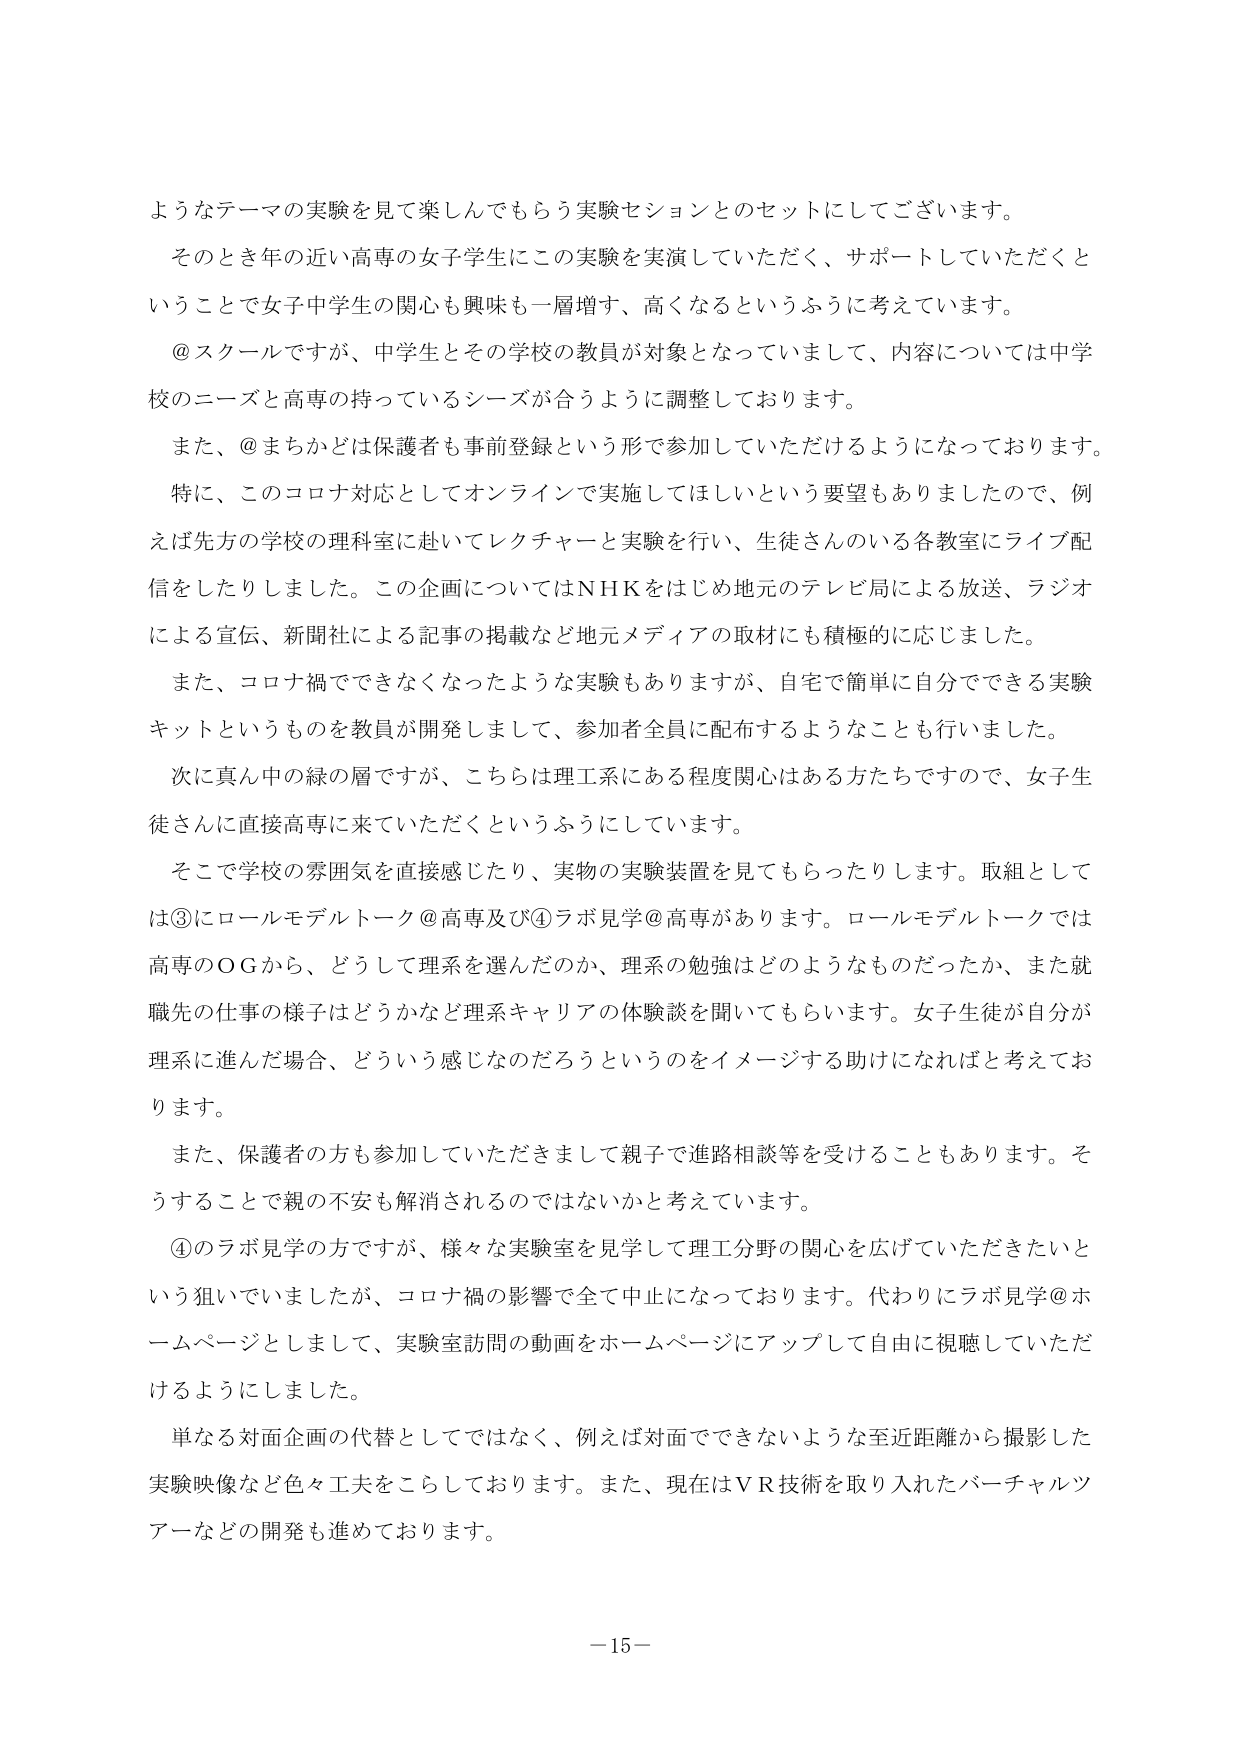
ようなテーマの実験を見て楽しんでもらう実験セッションとのセットにしてございます。

そのとき年の近い高専の女子学生にこの実験を実演していただく、サポートしていただくということで女子中学生の関心も興味も一層増す、高くなるというふうに考えています。

@スクールですが、中学生とその学校の教員が対象となっていまして、内容については中学校のニーズと高専の持っているシーズが合うように調整しております。

また、@まちかどは保護者も事前登録という形で参加していただけるようになっております。

特に、このコロナ対応としてオンラインで実施してほしいという要望もありましたので、例えば先方の学校の理科室に赴いてレクチャーと実験を行い、生徒さんのいる各教室にライブ配信をしたりしました。この企画についてはNHKをはじめ地元のテレビ局による放送、ラジオによる宣伝、新聞社による記事の掲載など地元メディアの取材にも積極的に応じました。

また、コロナ禍でできなくなったような実験もありますが、自宅で簡単に自分でできる実験キットというものを教員が開発しまして、参加者全員に配布するようなことも行いました。

次に真ん中の緑の層ですが、こちらは理工系にある程度関心はある方たちですので、女子生徒さんに直接高専に来ていただくというふうにしています。

そこで学校の雰囲気を直接感じたり、実物の実験装置を見てもらったりします。取組としては③にロールモデルトーク@高専及び④ラボ見学@高専があります。ロールモデルトークでは高専のOGから、どうして理系を選んだのか、理系の勉強はどのようなものだったか、また就職先の仕事の様子はどうかなど理系キャリアの体験談を聞いてもらいます。女子生徒が自分が理系に進んだ場合、どういう感じなのだろうというのをイメージする助けになればと考えております。

また、保護者の方も参加していただきまして親子で進路相談等を受けることもあります。そうすることで親の不安も解消されるのではないかと考えています。

④のラボ見学の方ですが、様々な実験室を見学して理工分野の関心を広げていただきたいという狙いでしたが、コロナ禍の影響で全て中止になっております。代わりにラボ見学@ホームページとしまして、実験室訪問の動画をホームページにアップして自由に視聴していただけるようにしました。

単なる対面企画の代替としてではなく、例えば対面でできないような至近距離から撮影した実験映像など色々工夫をこらしております。また、現在はVR技術を取り入れたバーチャルツアーなどの開発も進めております。

－15－